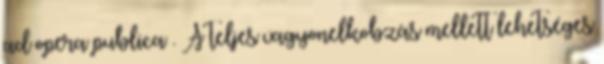
ad opera publica . A teljes vagyonelkobzás mellett lehetséges